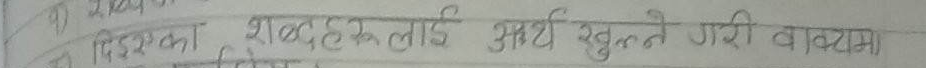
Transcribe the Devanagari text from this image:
हिजोका शब्दहरूलाई अर्थ खुल्ने गरी वाक्यमा